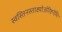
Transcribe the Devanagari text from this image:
स्वस्तिनस्ताक्ष्योर्अरिष्टनेमिः